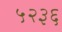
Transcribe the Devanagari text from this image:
५२३६